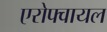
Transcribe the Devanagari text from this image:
एरोफ्वायल